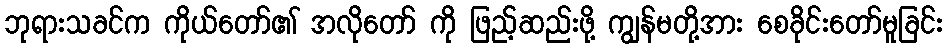
ဘုရားသခင်က ကိုယ်တော်၏ အလိုတော် ကို ဖြည့်ဆည်းဖို့ ကျွန်မတို့အား စေခိုင်းတော်မူခြင်း